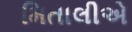
મિતાલીએ